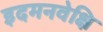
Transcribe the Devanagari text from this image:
इदमनवेक्षि